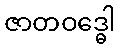
ဇာတဝဒ္ဓေါ